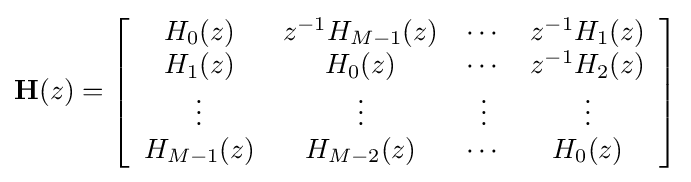
\mathbf {H} (z)=\left[{\begin{array}{cccc}H_{0}(z)&z^{-1}H_{M-1}(z)&\cdots &z^{-1}H_{1}(z)\\H_{1}(z)&H_{0}(z)&\cdots &z^{-1}H_{2}(z)\\\vdots &\vdots &\vdots &\vdots \\H_{M-1}(z)&H_{M-2}(z)&\cdots &H_{0}(z)\end{array}}\right]